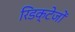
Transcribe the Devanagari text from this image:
रिडक्टेजों